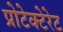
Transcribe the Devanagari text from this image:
प्रोटेक्टेरेट